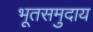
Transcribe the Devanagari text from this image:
भूतसमुदाय